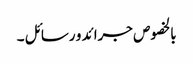
بالخصوص جرائد و رسائل ۔